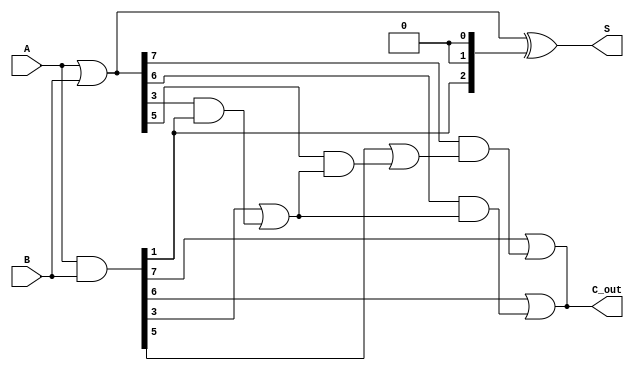
module brent_kung_adder #(parameter n = 8) (
    input [n-1:0] A,
    input [n-1:0] B,
    output [n-1:0] S,
    output C_out
);

    // Generate and Propagate signals
    wire [n-1:0] G; // Generate signals
    wire [n-1:0] P; // Propagate signals
    wire [n:0] C;   // Carry signals (C[0] is the initial carry)

    // Generate and Propagate calculations
    assign G = A & B; // G[i] = A[i] & B[i]
    assign P = A | B; // P[i] = A[i] | B[i]

    // Initial carry
    assign C[0] = 1'b0; // C[-1] is initialized to 0

    // Carry tree computation
    genvar i, j, k;

    // Compute carries using Brent-Kung structure
    generate
        for (k = 1; k <= $clog2(n); k = k + 1) begin : carry_levels
            for (j = 0; j < n; j = j + (1 << k)) begin : carry_pairs
                if (j + (1 << (k-1)) < n) begin
                    assign C[j + (1 << k)] = G[j + (1 << k - 1)] | (P[j + (1 << k - 1)] & C[j]);
                end
            end
        end
    endgenerate

    // Compute sum bits
    assign S = P ^ C[n-1:0]; // S[i] = P[i] ^ C[i-1]

    // Final carry out
    assign C_out = C[n];

endmodule